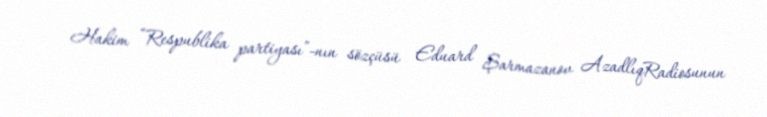
Hakim “Respublika partiyası”-nın sözçüsü Eduard Şarmazanov AzadlıqRadiosunun